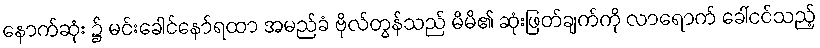
နောက်ဆုံး ၌ မင်းခေါင်နော်ရထာ အမည်ခံ ဗိုလ်တွန်သည် မိမိ၏ ဆုံးဖြတ်ချက်ကို လာရောက် ခေါ်ငင်သည့်